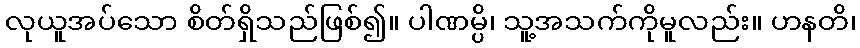
လုယူအပ်သော စိတ်ရှိသည်ဖြစ်၍။ ပါဏမ္ပိ၊ သူ့အသက်ကိုမူလည်း။ ဟနတိ၊